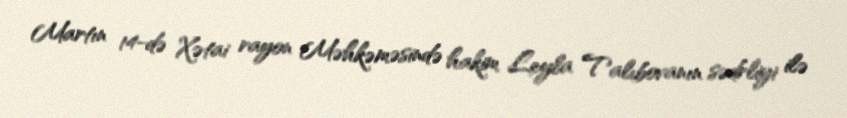
Martın 14-də Xətai rayon Məhkəməsində hakim Leyla Talıbovanın sədrliyi ilə